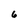
Character: 6